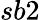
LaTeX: sb2